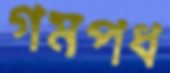
গমপধ